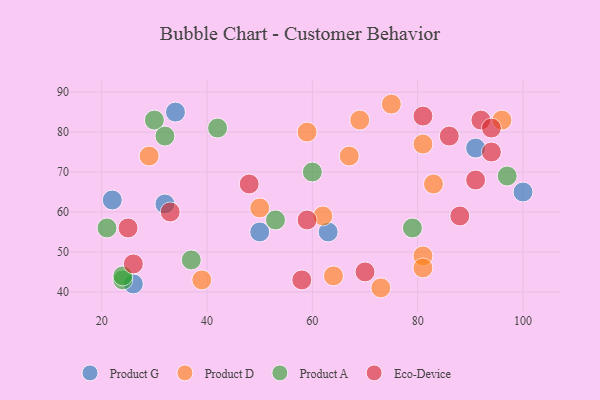
{"axis": {"x": "GDP", "y": "Life Expectancy"}, "legend": ["Eco-Device", "Product A", "Product D", "Product G"], "data": [{"x": "91", "y": 76, "type": "Product G"}, {"x": "100", "y": 65, "type": "Product G"}, {"x": "63", "y": 55, "type": "Product G"}, {"x": "22", "y": 63, "type": "Product G"}, {"x": "50", "y": 55, "type": "Product G"}, {"x": "32", "y": 62, "type": "Product G"}, {"x": "34", "y": 85, "type": "Product G"}, {"x": "26", "y": 42, "type": "Product G"}, {"x": "67", "y": 74, "type": "Product D"}, {"x": "39", "y": 43, "type": "Product D"}, {"x": "81", "y": 77, "type": "Product D"}, {"x": "96", "y": 83, "type": "Product D"}, {"x": "81", "y": 49, "type": "Product D"}, {"x": "83", "y": 67, "type": "Product D"}, {"x": "64", "y": 44, "type": "Product D"}, {"x": "73", "y": 41, "type": "Product D"}, {"x": "62", "y": 59, "type": "Product D"}, {"x": "81", "y": 46, "type": "Product D"}, {"x": "29", "y": 74, "type": "Product D"}, {"x": "69", "y": 83, "type": "Product D"}, {"x": "50", "y": 61, "type": "Product D"}, {"x": "59", "y": 80, "type": "Product D"}, {"x": "75", "y": 87, "type": "Product D"}, {"x": "24", "y": 43, "type": "Product A"}, {"x": "30", "y": 83, "type": "Product A"}, {"x": "37", "y": 48, "type": "Product A"}, {"x": "97", "y": 69, "type": "Product A"}, {"x": "32", "y": 79, "type": "Product A"}, {"x": "60", "y": 70, "type": "Product A"}, {"x": "53", "y": 58, "type": "Product A"}, {"x": "21", "y": 56, "type": "Product A"}, {"x": "24", "y": 44, "type": "Product A"}, {"x": "42", "y": 81, "type": "Product A"}, {"x": "79", "y": 56, "type": "Product A"}, {"x": "92", "y": 83, "type": "Eco-Device"}, {"x": "48", "y": 67, "type": "Eco-Device"}, {"x": "59", "y": 58, "type": "Eco-Device"}, {"x": "86", "y": 79, "type": "Eco-Device"}, {"x": "33", "y": 60, "type": "Eco-Device"}, {"x": "88", "y": 59, "type": "Eco-Device"}, {"x": "81", "y": 84, "type": "Eco-Device"}, {"x": "94", "y": 81, "type": "Eco-Device"}, {"x": "58", "y": 43, "type": "Eco-Device"}, {"x": "91", "y": 68, "type": "Eco-Device"}, {"x": "94", "y": 75, "type": "Eco-Device"}, {"x": "25", "y": 56, "type": "Eco-Device"}, {"x": "70", "y": 45, "type": "Eco-Device"}, {"x": "26", "y": 47, "type": "Eco-Device"}]}